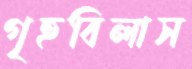
গৃহবিলাস